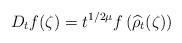
LaTeX: \begin{align*}D_tf(\zeta) = t^{1/2\mu}f\left(\widehat{\rho}_t(\zeta)\right) \end{align*}